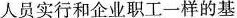
人员实行和企业职工一样的基